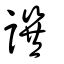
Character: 譔